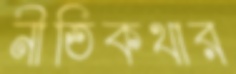
নীতিকথার